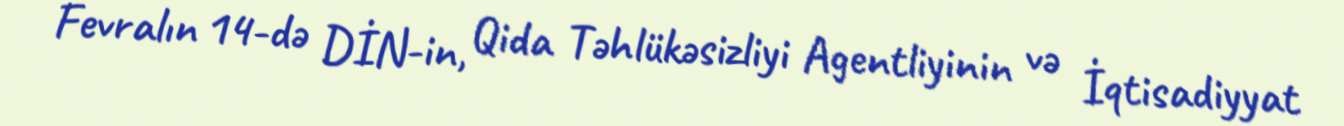
Fevralın 14-də DİN-in, Qida Təhlükəsizliyi Agentliyinin və İqtisadiyyat